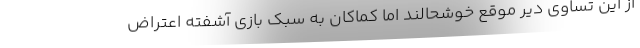
از این تساوی دیر موقع خوشحالند اما کماکان به سبک بازی آشفته اعتراض